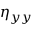
\eta _ { y y }